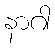
နာဂါ